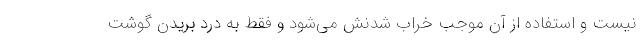
نیست و استفاده از آن موجب خراب شدنش می‌شود و فقط به درد بریدن گوشت